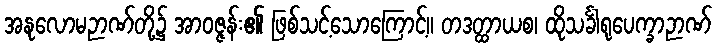
အနုလောမဉာဏ်တို့၌ အာဝဇ္ဇန်း၏ ဖြစ်သင့်သောကြောင့်။ တဒတ္ထာယစ၊ ထိုသင်္ခါရုပေက္ခာဉာဏ်